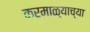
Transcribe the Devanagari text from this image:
करमाळ्याच्या